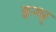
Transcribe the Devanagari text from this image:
इन्ध्‌